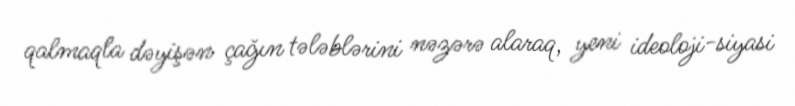
qalmaqla dəyişən çağın tələblərini nəzərə alaraq, yeni ideoloji-siyasi